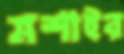
মশাইর